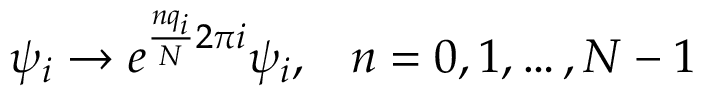
\psi _ { i } \to e ^ { \frac { n q _ { i } } { N } 2 \pi i } \psi _ { i } , \; \; \; n = 0 , 1 , \ldots , N - 1